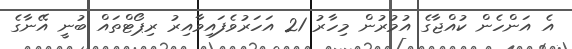
އެ އަންހެން ކުއްޖާގެ އުމުރުން މިހާރު 21 އަހަރުވެފައިވާއިރު ރިޕޯޓްތައް ބުނީ އޭނާގެ